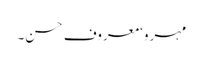
مہرو‘ معروف حسن۔